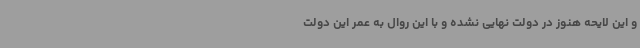
و این لایحه هنوز در دولت نهایی نشده و با این روال به عمر این دولت